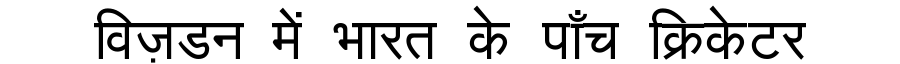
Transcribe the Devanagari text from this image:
विज़डन में भारत के पाँच क्रिकेटर